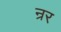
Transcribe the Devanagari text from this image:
न्रर